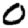
Digit: 0